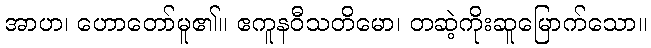
အာဟ၊ ဟောတော်မူ၏။ ဧကူနဝီသတိမော၊ တဆဲ့ကိုးဆူမြောက်သော။